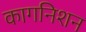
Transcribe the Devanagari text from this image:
कागनिशन